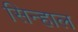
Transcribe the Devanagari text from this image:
सिन्हाल